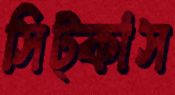
সিট্‌কাস